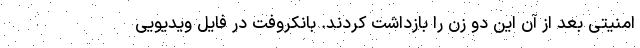
امنیتی بعد از آن این دو زن را بازداشت کردند. بانکروفت در فایل ویدیویی